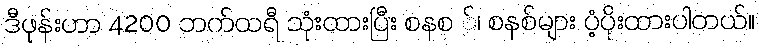
ဒီဖုန်းဟာ 4200 ဘက်ထရီ သုံးထားပြီး စနစ ်၊ စနစ်များ ပံ့ပိုးထားပါတယ်။